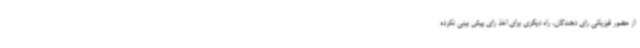
از حضور فیزیکی رای دهندگان، راه دیگری برای اخذ رای پیش بینی نکرده